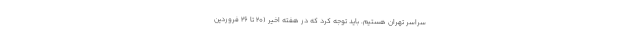
سراسر تهران هستیم. باید توجه کرد که در هفته اخیر (۲۰ تا ۲۶ فروردین